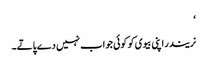
‘
نریندر اپنی بیوی کو کوئی جواب نہیں دے پاتے۔